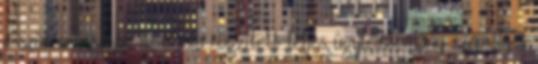
e szűrések során az általa rögzített teljes ügyfélállomány személyes